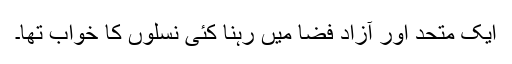
ایک متحد اور آزاد فضا میں رہنا کئی نسلوں کا خواب تھا۔